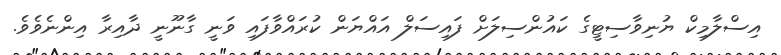
އިސްލާމިކް ޔުނިވާސިޓީގެ ކައުންސިލަށް ފައިސަލް އައްޔަން ކުރައްވާފައި ވަނީ ގާނޫނީ ދާއިރާ އިންނެވެވެ.